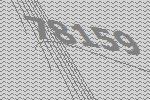
78159